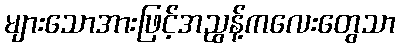
များသောအားဖြင့်အညွန့်ကလေးတွေသာ